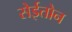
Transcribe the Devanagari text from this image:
सेईतोन